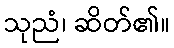
သုညံ၊ ဆိတ်၏။